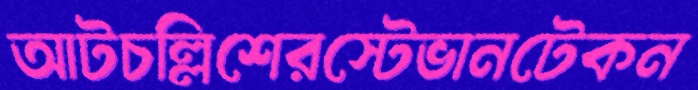
আটচল্লিশেরস্টেভানটেকন